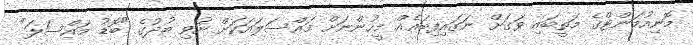
މޮނިއުމަންޓްގެ މަތީބައި ވަގަށް ނަގައިފިބައެއް މީހުންނަށް މައްސަލައަކަށް ނުވި ބުދުގެ "ބޮޑު މައްސަލަ"